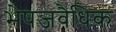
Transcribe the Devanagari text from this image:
भेषजवैधिक